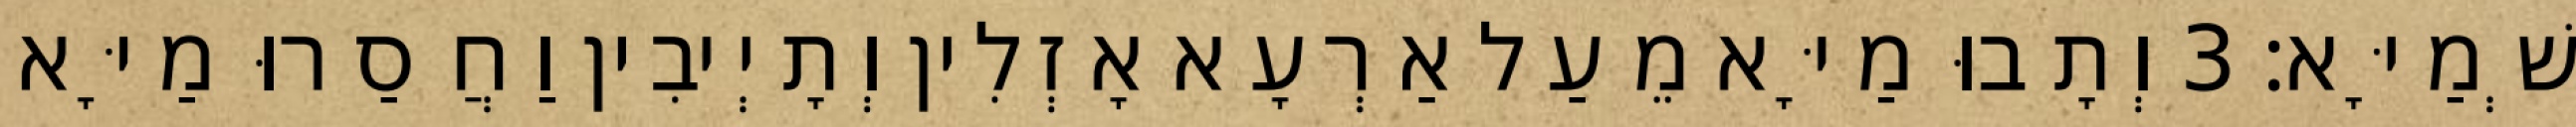
שְׁמַיָּא׃ 3 וְתָבוּ מַיָּא מֵעַל אַרְעָא אָזְלִין וְתָיְיבִין וַחֲסַרוּ מַיָּא